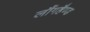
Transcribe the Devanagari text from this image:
लौंगहैण्ड